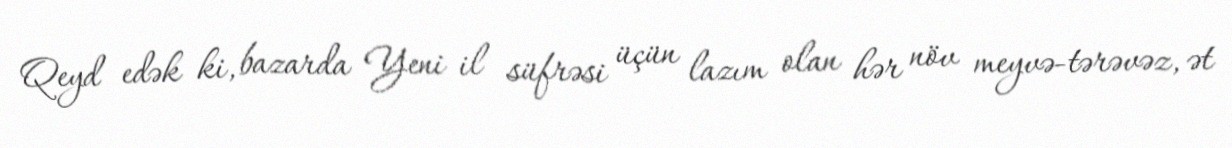
Qeyd edək ki, bazarda Yeni il süfrəsi üçün lazım olan hər növ meyvə-tərəvəz, ət